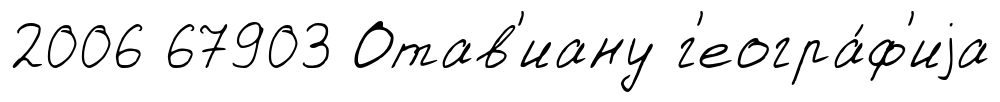
2006 67903 Отав'иану г'еогра́ф'иjа